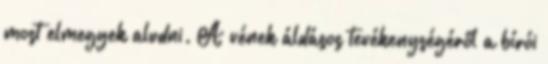
most elmegyek aludni. A vének áldásos tevékenységéről a bírói